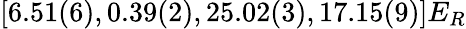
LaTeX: [6.51(6),0.39(2),25.02(3),17.15(9)]E_{R}